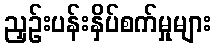
ညှဉ်းပန်းနှိပ်စက်မှုများ